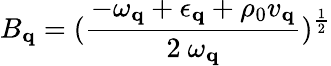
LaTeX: B_{{\mathbf{q}}}=(\frac{-\omega_{{\mathbf{q}}}+\epsilon_{{\mathbf{q}}}+\rho_{0}v_{{\mathbf{q}}}}{2\mathrm{~}\omega_{{\mathbf{q}}}})^{\frac{1}{2}}